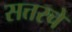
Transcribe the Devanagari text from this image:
सत्तरचे